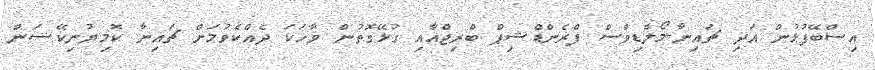
އިސްބޭފުޅުން އަދި ޗައިނާ-މޯލްޑިވްސް ފްރެންޑްޝިޕް ބްރިޖްއާއި ގުޅޭގޮތުން ވާހަކަ ދެއްކެވުމަށް ޗައިނާ ކޮމިޔުނިކޭޝަން